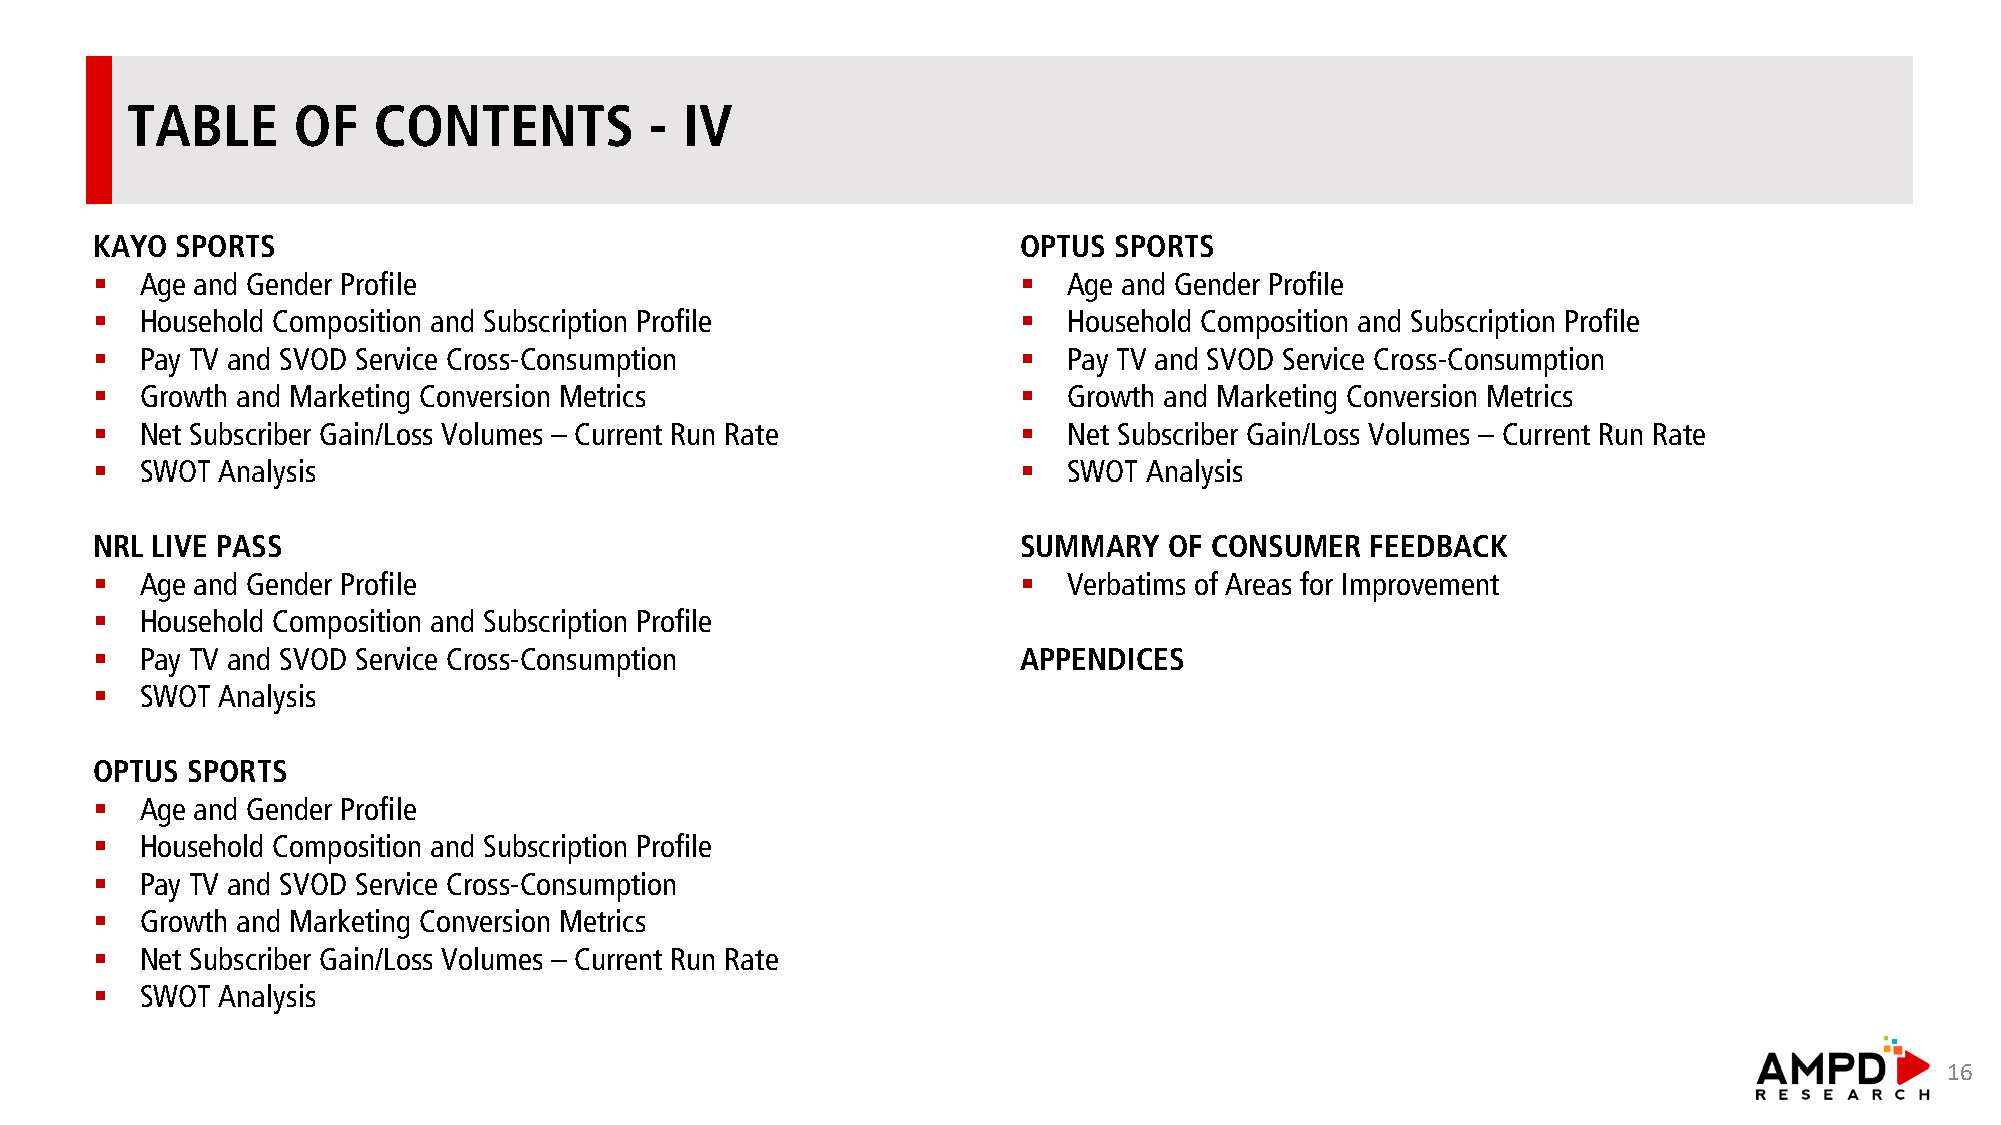
TABLE      OF    CONTENTS          - IV
 KAYO  SPORTS                                                  OPTUS SPORTS
 §  Age and Gender Profile                                     §  Age and Gender Profile
 §  Household Composition and Subscription Profile             §  Household Composition and Subscription Profile
 §  Pay TV and SVOD Service Cross-Consumption                  §  Pay TV and SVOD Service Cross-Consumption
 §  Growth and Marketing Conversion Metrics                    §  Growth and Marketing Conversion Metrics
 §  Net Subscriber Gain/Loss Volumes – Current Run Rate        §  Net Subscriber Gain/Loss Volumes – Current Run Rate
 §  SWOT Analysis                                              §  SWOT Analysis
 NRL LIVE PASS                                                 SUMMARY  OF CONSUMER   FEEDBACK
 §  Age and Gender Profile                                     §  Verbatims of Areas for Improvement
 §  Household Composition and Subscription Profile
 §  Pay TV and SVOD Service Cross-Consumption                  APPENDICES
 §  SWOT Analysis
 OPTUS SPORTS
 §  Age and Gender Profile
 §  Household Composition and Subscription Profile
 §  Pay TV and SVOD Service Cross-Consumption
 §  Growth and Marketing Conversion Metrics
 §  Net Subscriber Gain/Loss Volumes – Current Run Rate
 §  SWOT Analysis
 16